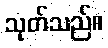
သုတ်သည်။